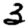
Digit: 3